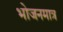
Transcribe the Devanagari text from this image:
भोजनमात्र